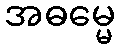
အဓမ္မေ